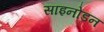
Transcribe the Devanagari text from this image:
साइनोडन